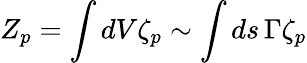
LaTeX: Z_{p}=\int{dV}\zeta_{p}\sim\int{ds}\, \Gamma\zeta_{p}